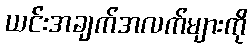
ယင်းအချက်အလက်များကို